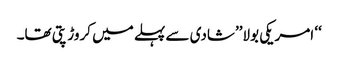
‘‘ امریکی بولا’’شادی سے پہلے میں کروڑ پتی تھا۔